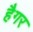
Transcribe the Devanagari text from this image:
हैगर